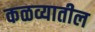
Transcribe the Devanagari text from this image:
कळव्यातील